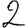
Digit: 2